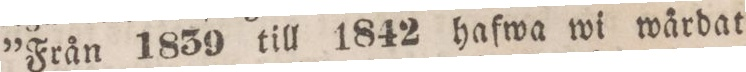
»Från 1839 till 1842 hafwa wi wårdat